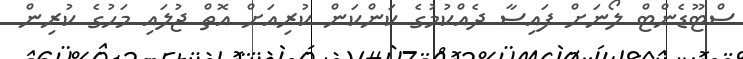
ސްޓޫޑެންޓް ލޯނަށް ފައިސާ ދެއްކުމުގެ ކަންކަން ކުރިއަށް އޮތް ޖުލައި މަހުގެ ކުރިން